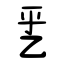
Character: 乯